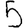
Digit: 5